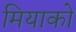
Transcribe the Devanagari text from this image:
मियाको